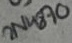
Text: 2N4870